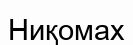
Ниқомах